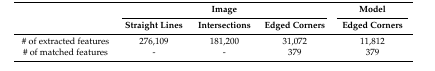
<table><thead><tr><td rowspan="2"></td><td colspan="3"><b>Image</b></td><td><b>Model</b></td></tr><tr><td><b>Straight Lines</b></td><td><b>Intersections</b></td><td><b>Edged Corners</b></td><td><b>Edged Corners</b></td></tr></thead><tbody><tr><td># of extracted features</td><td>276,109</td><td>181,200</td><td>31,072</td><td>11,812</td></tr><tr><td># of matched features</td><td>-</td><td>-</td><td>379</td><td>379</td></tr></tbody></table>